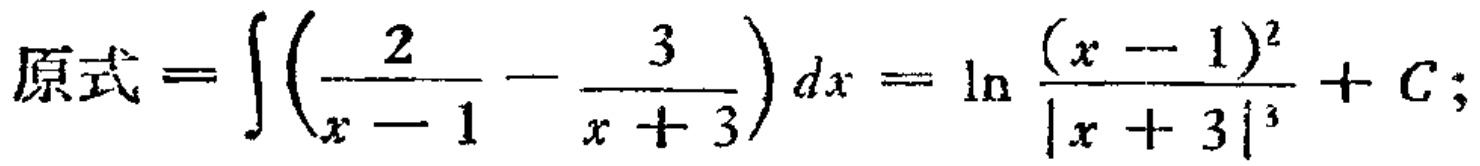
原式=\(\int\left(\frac{2}{x - 1}-\frac{3}{x + 3}\right)dx=\ln\frac{(x - 1)^2}{|x + 3|^3}+C;\)